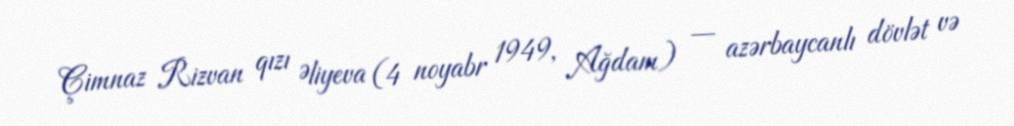
Çimnaz Rizvan qızı Əliyeva (4 noyabr 1949, Ağdam) — azərbaycanlı dövlət və